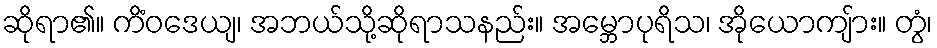
ဆိုရာ၏။ ကိံဝဒေယျ၊ အဘယ်သို့ဆိုရာသနည်း။ အမ္ဘောပုရိသ၊ အိုယောကျ်ား။ တွံ၊